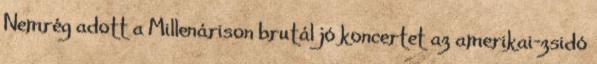
Nemrég adott a Millenárison brutál jó koncertet az amerikai-zsidó